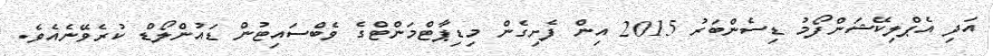
އަދި އެޕްލިކޭޝަންފޯމު ޑިސެންބަރު 2015 އިން ފެށިގެން މިޑިޕާޓްމަންޓްގެ ވެބްސައިޓުން ޑައުންލޯޑް ކުރެވޭނެއެވެ.